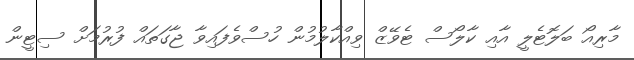
މާރިއޯ ބަލޮޓެލީ އާއި ކާލޯސް ޓެވޭޒް ވިއްކާލުމުން ހުސްވެފައިވާ ޖާގަތައް ފުރުމަށް ސިޓީން